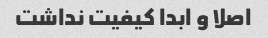
اصلا و ابدا کیفیت نداشت